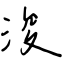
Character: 浚